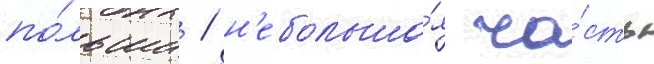
по́льши / н'ебольша́я ча́сть